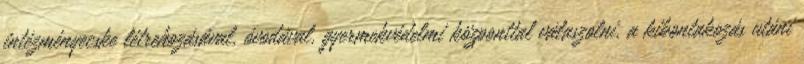
intézményecske létrehozásával, óvodával, gyermekvédelmi központtal válaszolni, a kibontakozás utáni